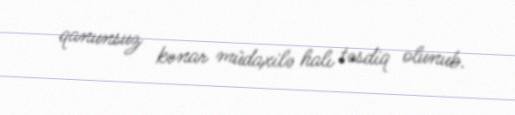
qanunsuz kənar müdaxilə halı təsdiq olunub.